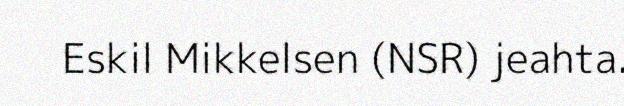
Eskil Mikkelsen (NSR) jeahta.